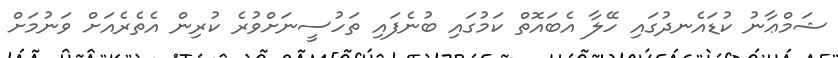
ޝަމްޢާނު ކުޑައެނދުގައި ހޭލާ އެބައޮތް ކަމުގައި ބުނެފައި ތަހުސީނަށްވުރެ ކުރިން އެތެރެއަށް ވަނުމަށް